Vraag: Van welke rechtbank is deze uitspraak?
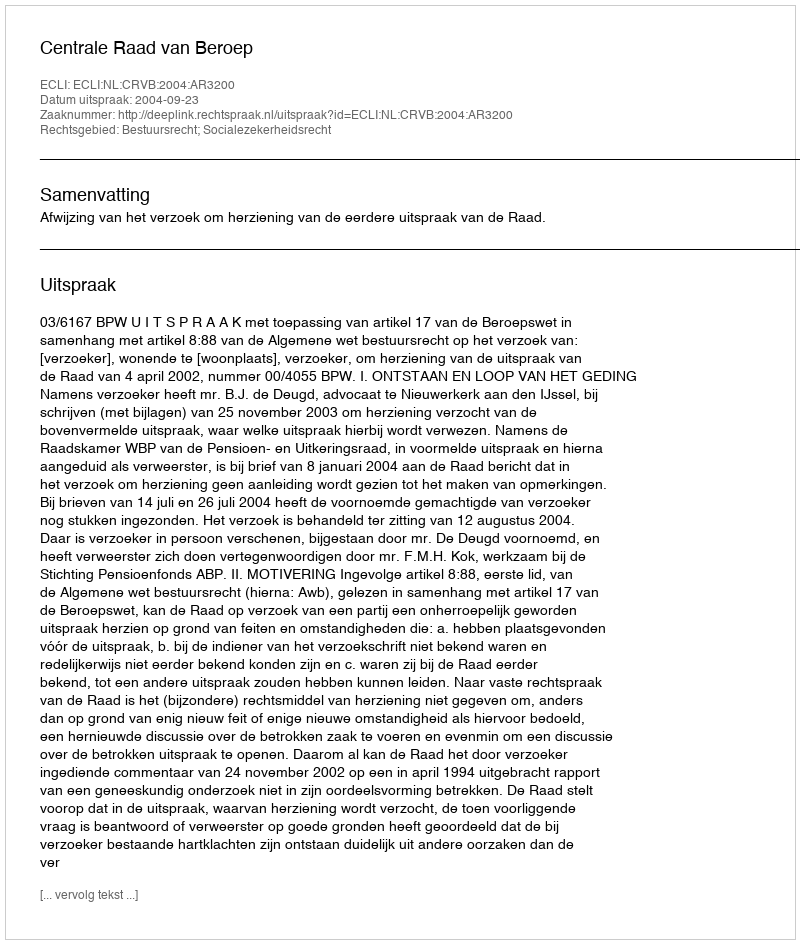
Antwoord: Centrale Raad van Beroep